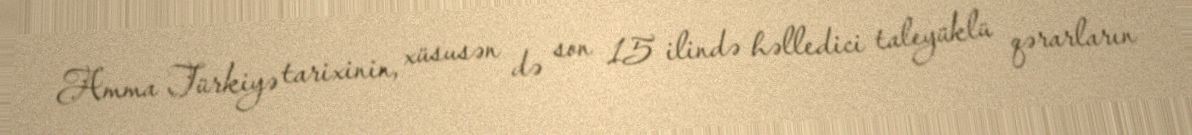
Amma Türkiyə tarixinin, xüsusən də son 15 ilində həlledici taleyüklü qərarların